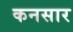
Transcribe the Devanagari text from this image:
कनसार